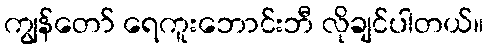
ကျွန်တော် ရေကူးဘောင်းဘီ လိုချင်ပါတယ်။